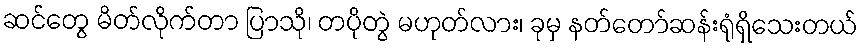
ဆင်တွေ မိတ်လိုက်တာ ပြာသို၊ တပိုတွဲ မဟုတ်လား၊ ခုမှ နတ်တော်ဆန်းရုံရှိသေးတယ်